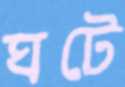
ঘটে